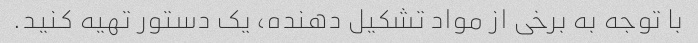
با توجه به برخی از مواد تشکیل دهنده، یک دستور تهیه کنید.